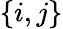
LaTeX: \{ i,j\}